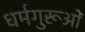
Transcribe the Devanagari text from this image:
धर्मगुरूओं